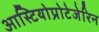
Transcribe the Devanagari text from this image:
आस्टियोप्रोटेजेरिन